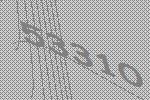
53310